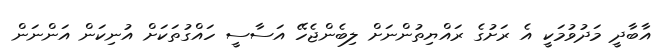
އާބާދީ މަދުވުމަކީ އެ ރަށުގެ ރައްޔިތުންނަށް ލިބެންޖެހޭ އަސާސީ ހައްގުތަކަށް އުނިކަން އަންނަން